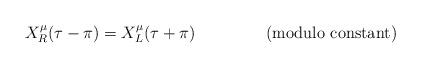
LaTeX: \begin{align*}X^\mu_R(\tau-\pi)=X^\mu_L(\tau+\pi) \mathrm{~~~~~~~~~~~~~ (modulo ~ constant)}\end{align*}